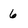
Character: 6